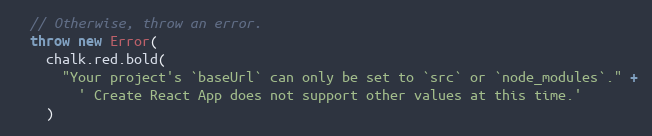
Language: JavaScript
  // Otherwise, throw an error.
  throw new Error(
    chalk.red.bold(
      "Your project's `baseUrl` can only be set to `src` or `node_modules`." +
        ' Create React App does not support other values at this time.'
    )